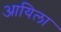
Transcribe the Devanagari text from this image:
आयिला